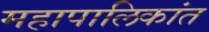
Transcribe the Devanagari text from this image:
महापालिकांत